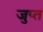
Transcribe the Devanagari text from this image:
जुप्त